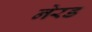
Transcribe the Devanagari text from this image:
नेरड